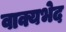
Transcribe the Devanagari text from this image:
वाक्यभेद